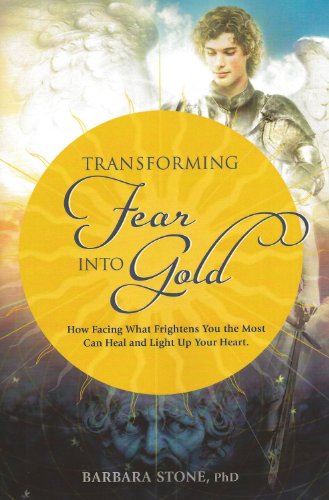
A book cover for Transforming Fear into Gold: How Facing What Frightens You Most Can Heal and Light Up Your Life; Barbara Stone  PhD; Health, Fitness & Dieting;